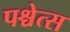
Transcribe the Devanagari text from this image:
पश्चेत्स